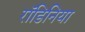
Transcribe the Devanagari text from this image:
रॉडिनिया